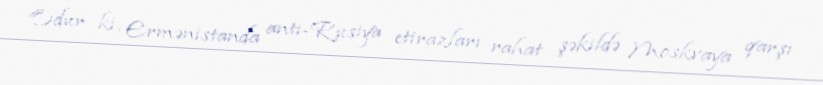
Odur ki, Ermənistanda anti-Rusiya etirazları rahat şəkildə Moskvaya qarşı